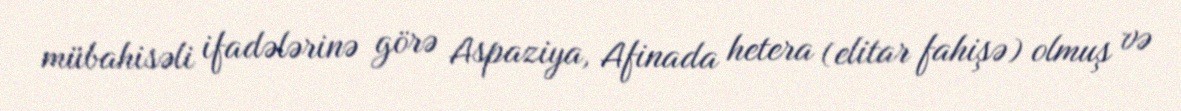
mübahisəli ifadələrinə görə Aspaziya, Afinada hetera (elitar fahişə) olmuş və